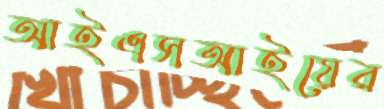
আইএসআইয়ের